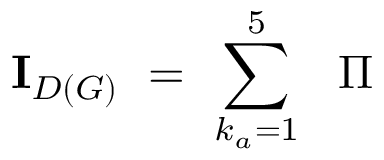
{ \bf I } _ { { \cal D } \left( G \right) } \ = \ \sum _ { k _ { a } = 1 } ^ { 5 } \ { \ \Pi }